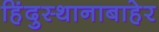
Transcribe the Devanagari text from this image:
हिंदुस्थानाबाहेर